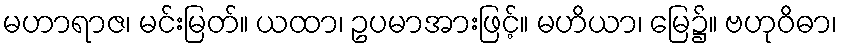
မဟာရာဇ၊ မင်းမြတ်။ ယထာ၊ ဥပမာအားဖြင့်။ မဟိယာ၊ မြေ၌။ ဗဟုဝိဓာ၊